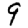
Digit: 9